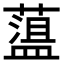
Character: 𦼬